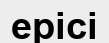
ерісі